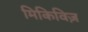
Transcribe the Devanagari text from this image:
मिकिविज़